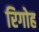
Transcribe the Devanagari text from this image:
रिगोह